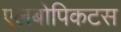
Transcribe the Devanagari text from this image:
एलबोपिकटस